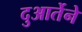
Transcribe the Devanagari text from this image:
दुआर्तेने